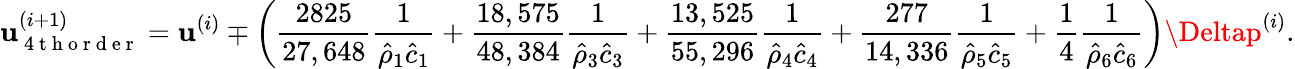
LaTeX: \mathbf{u}_{\mathrm{{~4~t~h~o~r~d~e~r~}}}^{(i+1)}=\mathbf{u}^{(i)}\mp\left(\frac{{2825}}{{27,648}}\frac{{1}}{{\hat{{\rho}}_{1}\hat{{c}}_{1}}}+\frac{{18,575}}{{48,384}}\frac{{1}}{{\hat{{\rho}}_{3}\hat{{c}}_{3}}}+\frac{{13,525}}{{55,296}}\frac{{1}}{{\hat{{\rho}}_{4}\hat{{c}}_{4}}}+\frac{{277}}{{14,336}}\frac{{1}}{{\hat{{\rho}}_{5}\hat{{c}}_{5}}}+\frac{{1}}{{4}}\frac{{1}}{{\hat{{\rho}}_{6}\hat{{c}}_{6}}}\right)\Deltap^{(i)}.